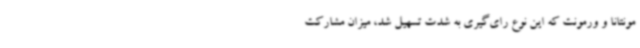
مونتانا و ورمونت که این نوع رای‌گیری به شدت تسهیل شد، میزان مشارکت